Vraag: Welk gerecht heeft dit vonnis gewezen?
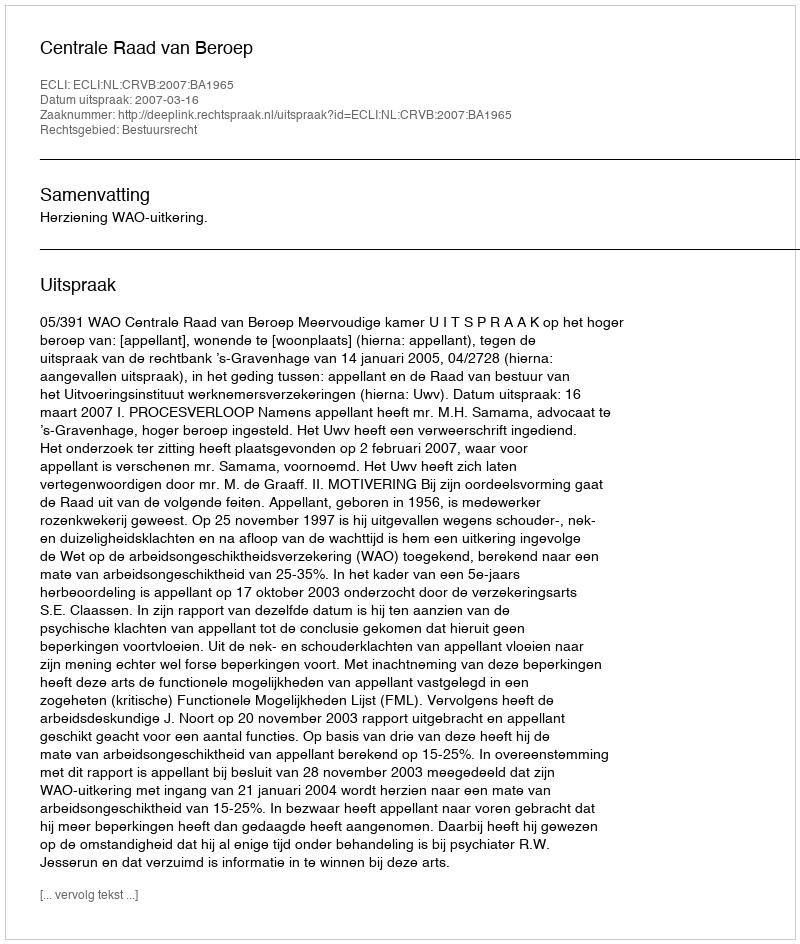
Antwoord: Centrale Raad van Beroep